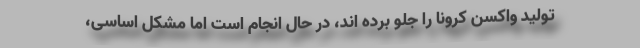
تولید واکسن کرونا را جلو برده اند، در حال انجام است اما مشکل اساسی،